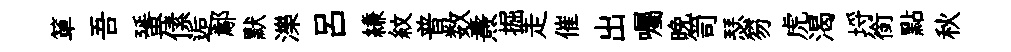
箪吾蜑傃逅鄢默濼呂縑紋普数燾掘走催出囑晩笥瑟笏虎渴埓銜點秋